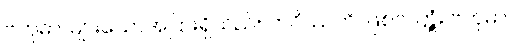
ဗဟုဓာ၊ များသောအပြားရှိသည်။ ဘဝိဿတိ၊ ဖြစ်လတ္တံ့။ ဗဟုဓာပိ၊